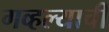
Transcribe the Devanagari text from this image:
गव्हल्याची